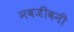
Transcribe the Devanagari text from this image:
नवजीवनी